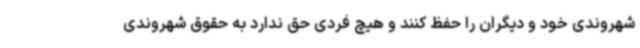
شهروندی خود و دیگران را حفظ کنند و هیچ فردی حق ندارد به حقوق شهروندی